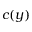
c ( y )